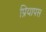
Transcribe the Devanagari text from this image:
प्रियापस